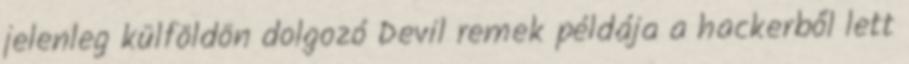
jelenleg külföldön dolgozó Devil remek példája a hackerből lett